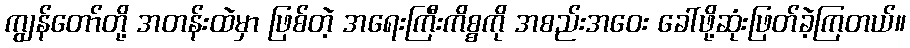
ကျွန်တော်တို့ အတန်းထဲမှာ ဖြစ်တဲ့ အရေးကြီးကိစ္စကို အစည်းအဝေး ခေါ်ဖို့ဆုံးဖြတ်ခဲ့ကြတယ်။